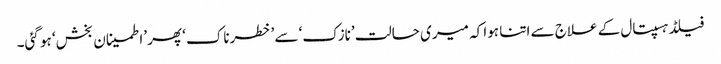
فیلڈ ہسپتال کے علاج سے اتنا ہوا کہ میری حالت ’نازک‘ سے ’خطرناک‘ پھر ’اطمینان بخش‘ ہو گئی۔